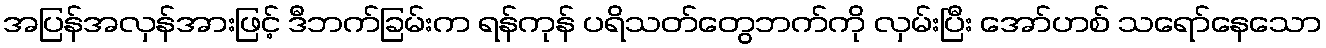
အပြန်အလှန်အားဖြင့် ဒီဘက်ခြမ်းက ရန်ကုန် ပရိသတ်တွေဘက်ကို လှမ်းပြီး အော်ဟစ် သရော်နေသော